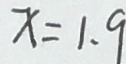
x = 1 . 9